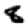
Digit: 8